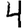
Digit: 4